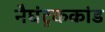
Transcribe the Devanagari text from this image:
नैघंटुककांड